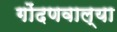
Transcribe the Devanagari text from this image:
गोंदणवाल्या